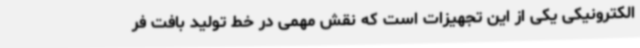
الکترونیکی یکی از این تجهیزات است که نقش مهمی در خط تولید بافت فر